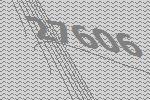
27606